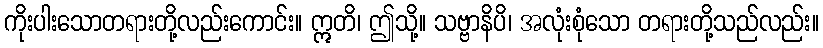
ကိုးပါးသောတရားတို့လည်းကောင်း။ ဣတိ၊ ဤသို့။ သဗ္ဗာနိပိ၊ အလုံးစုံသော တရားတို့သည်လည်း။